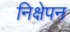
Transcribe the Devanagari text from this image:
निक्षेपन